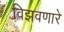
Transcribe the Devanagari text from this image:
विझवणारे